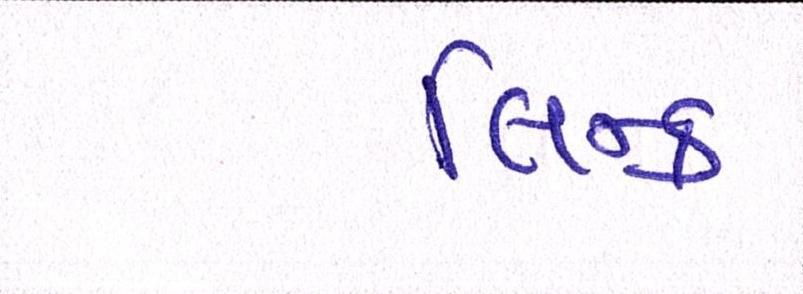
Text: લિન્ક